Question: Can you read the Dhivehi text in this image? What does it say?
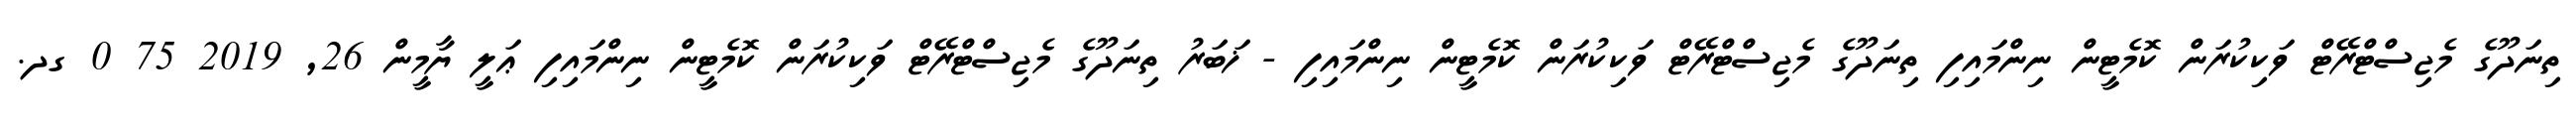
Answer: ތިނަދޫގެ މެޖިސްޓްރޭޓް ވަކިކުރަން ކޮމެޓީން ނިންމައިފި ތިނަދޫގެ މެޖިސްޓްރޭޓް ވަކިކުރަން ކޮމެޓީން ނިންމައިފި - ޚަބަރު ތިނަދޫގެ މެޖިސްޓްރޭޓް ވަކިކުރަން ކޮމެޓީން ނިންމައިފި ޢަލީ ޔާމީން 26, 2019 75 0 ގދ.